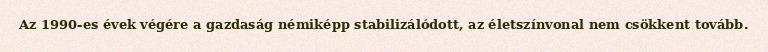
Az 1990-es évek végére a gazdaság némiképp stabilizálódott, az életszínvonal nem csökkent tovább.